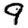
Digit: 9